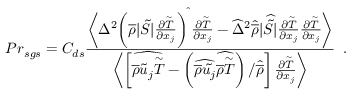
{ P r } _ { s g s } = C _ { d s } \frac { \biggl \langle \Delta ^ { 2 } \biggl ( \overline { { \rho } } | \tilde { S } | \frac { \partial \overset { \sim } { T } } { \partial x _ { j } } \biggr ) ^ { \widehat { } } \, \frac { \partial \overset { \sim } { T } } { \partial x _ { j } } - \widehat { \Delta } ^ { 2 } \widehat { \overline { { \rho } } } | \widehat { \tilde { S } } | \frac { \partial \overset { \sim } { T } } { \partial x _ { j } } \frac { \partial \overset { \sim } { T } } { \partial x _ { j } } \biggr \rangle } { \biggl \langle \left[ \widehat { \overline { { \rho } } \tilde { u } _ { j } \overset { \sim } { T } } - \left( \widehat { \overline { { \rho } } \tilde { u _ { j } } } \widehat { \overline { { \rho } } \overset { \sim } { T } } \right) / \widehat { \overline { { \rho } } } \right] \frac { \partial \overset { \sim } { T } } { \partial x _ { j } } \biggr \rangle } \, \mathrm { ~ . ~ }